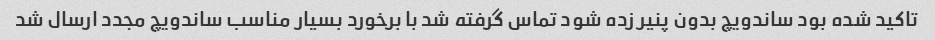
تاکید شده بود ساندویچ بدون پنیر زده شود تماس گرفته شد با برخورد بسیار مناسب ساندویچ مجدد ارسال شد